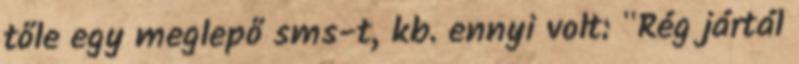
tőle egy meglepő sms-t, kb. ennyi volt: "Rég jártál